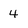
Character: 4